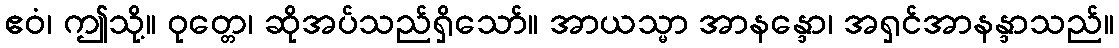
ဧဝံ၊ ဤသို့။ ဝုတ္တေ၊ ဆိုအပ်သည်ရှိသော်။ အာယသ္မာ အာနန္ဒော၊ အရှင်အာနန္ဒာသည်။